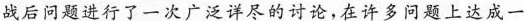
战后问题进行了一次广泛详尽的讨论，在许多问题上达成一